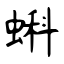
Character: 蝌